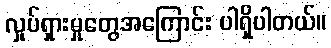
လှုပ်ရှားမှုတွေအကြောင်း ပါရှိပါတယ်။